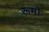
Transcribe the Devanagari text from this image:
रूमो